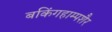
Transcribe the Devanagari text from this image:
बकिंगहाम्पशैर